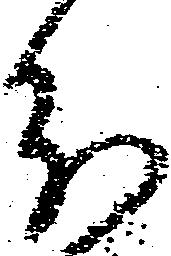
分